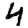
Digit: 4